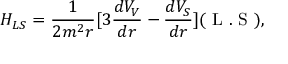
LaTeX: H _ { L S } = \frac { 1 } { 2 m ^ { 2 } r } [ 3 \frac { d V _ { V } } { d r } - \frac { d V _ { S } } { d r } ] ( \mathrm { \boldmath ~ L ~ } . \mathrm { \boldmath ~ S ~ } ) ,